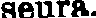
seura.